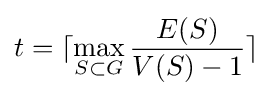
t=\lceil \max _{S\subset G}{\frac {E(S)}{V(S)-1}}\rceil